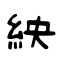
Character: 紻